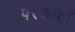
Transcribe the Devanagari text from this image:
परकाष्टा